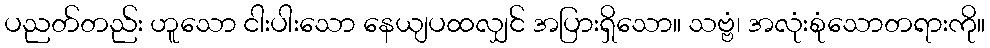
ပညတ်တည်း ဟူသော ငါးပါးသော နေယျပထလျှင် အပြားရှိသော။ သဗ္ဗံ၊ အလုံးစုံသောတရားကို။